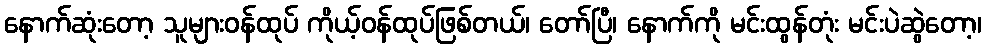
နောက်ဆုံးတော့ သူများဝန်ထုပ် ကိုယ့်ဝန်ထုပ်ဖြစ်တယ်၊ တော်ပြီ၊ နောက်ကို မင်းထွန်တုံး မင်းပဲဆွဲတော့၊